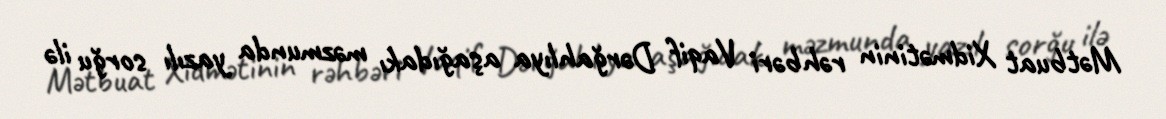
Mətbuat Xidmətinin rəhbəri Vaqif Dərğahlıya aşağıdakı məzmunda yazılı sorğu ilə